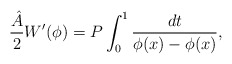
\begin{align*}\frac{{\hat A}}{2}W'(\phi ) =P\int_0^1 \frac{dt}{\phi (x) -\phi (x)},\end{align*}